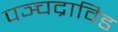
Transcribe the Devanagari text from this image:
पञ्चद्राविड